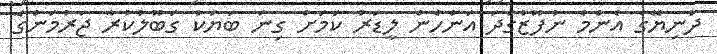
ދުނިޔޭގެ އެންމެ ނުފޫޒުގަދަ އަންހެން ލީޑަރު ކަމަށް ގިނަ ބަޔަކު ގަބޫލުކުރާ ޖަރުމަންގެ